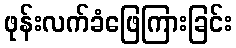
ဖုန်းလက်ခံဖြေကြားခြင်း